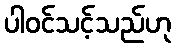
ပါဝင်သင့်သည်ဟု